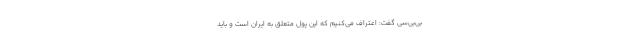
بی‌بی‌سی گفت: اعتراف می‌کنیم که این پول متعلق به ایران است و باید